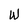
Character: W